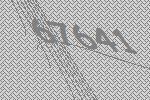
67641